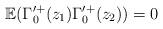
LaTeX: \begin{align*}\mathbb{E}(\Gamma'^{+}_{0}(z_1)\Gamma'^{+}_{0}(z_2)) = 0\end{align*}